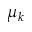
\mu _ { k }